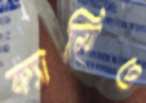
ক্যামিও